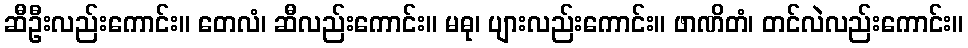
ဆီဦးလည်းကောင်း။ တေလံ၊ ဆီလည်းကောင်း။ မဓု၊ ပျားလည်းကောင်း။ ဖာဏိတံ၊ တင်လဲလည်းကောင်း။